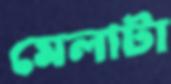
মেলাটা